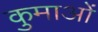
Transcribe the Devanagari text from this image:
कुमाओं